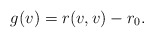
\begin{align*} g(v)=r(v,v)-r_0.\end{align*}